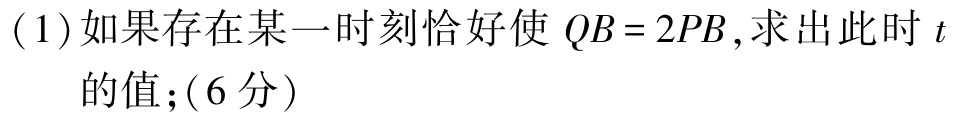
(1)如果存在某一时刻恰好使 \(QB = 2PB\)，求出此时 \(t\)的值；(6分)